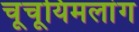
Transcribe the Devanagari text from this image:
चूचूयिमलांग